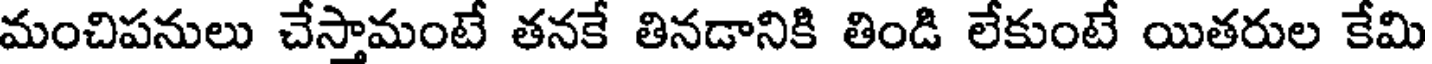
మంచిపనులు చేస్తామంటే తనకే తినడానికి తిండి లేకుంటే యితరుల కేమి